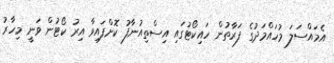
އެމައްސަލަ މުހައްމަދުގެ ފަރާތުން ހައިކޯޓުގައި އިސްތިއުނާފު ކޮށްފައިވާ އިރު ކޯޓުން ވަނީ މިހާރު